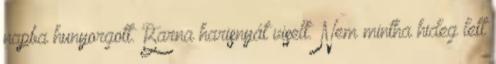
napba hunyorgott. Barna harisnyát viselt. Nem mintha hideg lett